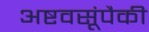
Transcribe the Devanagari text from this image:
अष्टवसूंपैकी